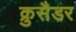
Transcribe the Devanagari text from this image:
क्रुसैडर